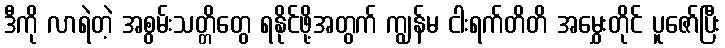
ဒီကို လာရဲတဲ့ အစွမ်းသတ္တိတွေ ရနိုင်ဖို့အတွက် ကျွန်မ ငါးရက်တိတိ အမွှေးတိုင် ပူဇော်ပြီး